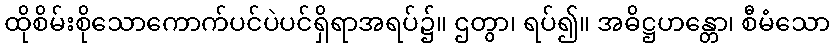
ထိုစိမ်းစိုသောကောက်ပင်ပဲပင်ရှိရာအရပ်၌။ ဌတွာ၊ ရပ်၍။ အဓိဋ္ဌဟန္တော၊ စီမံသော